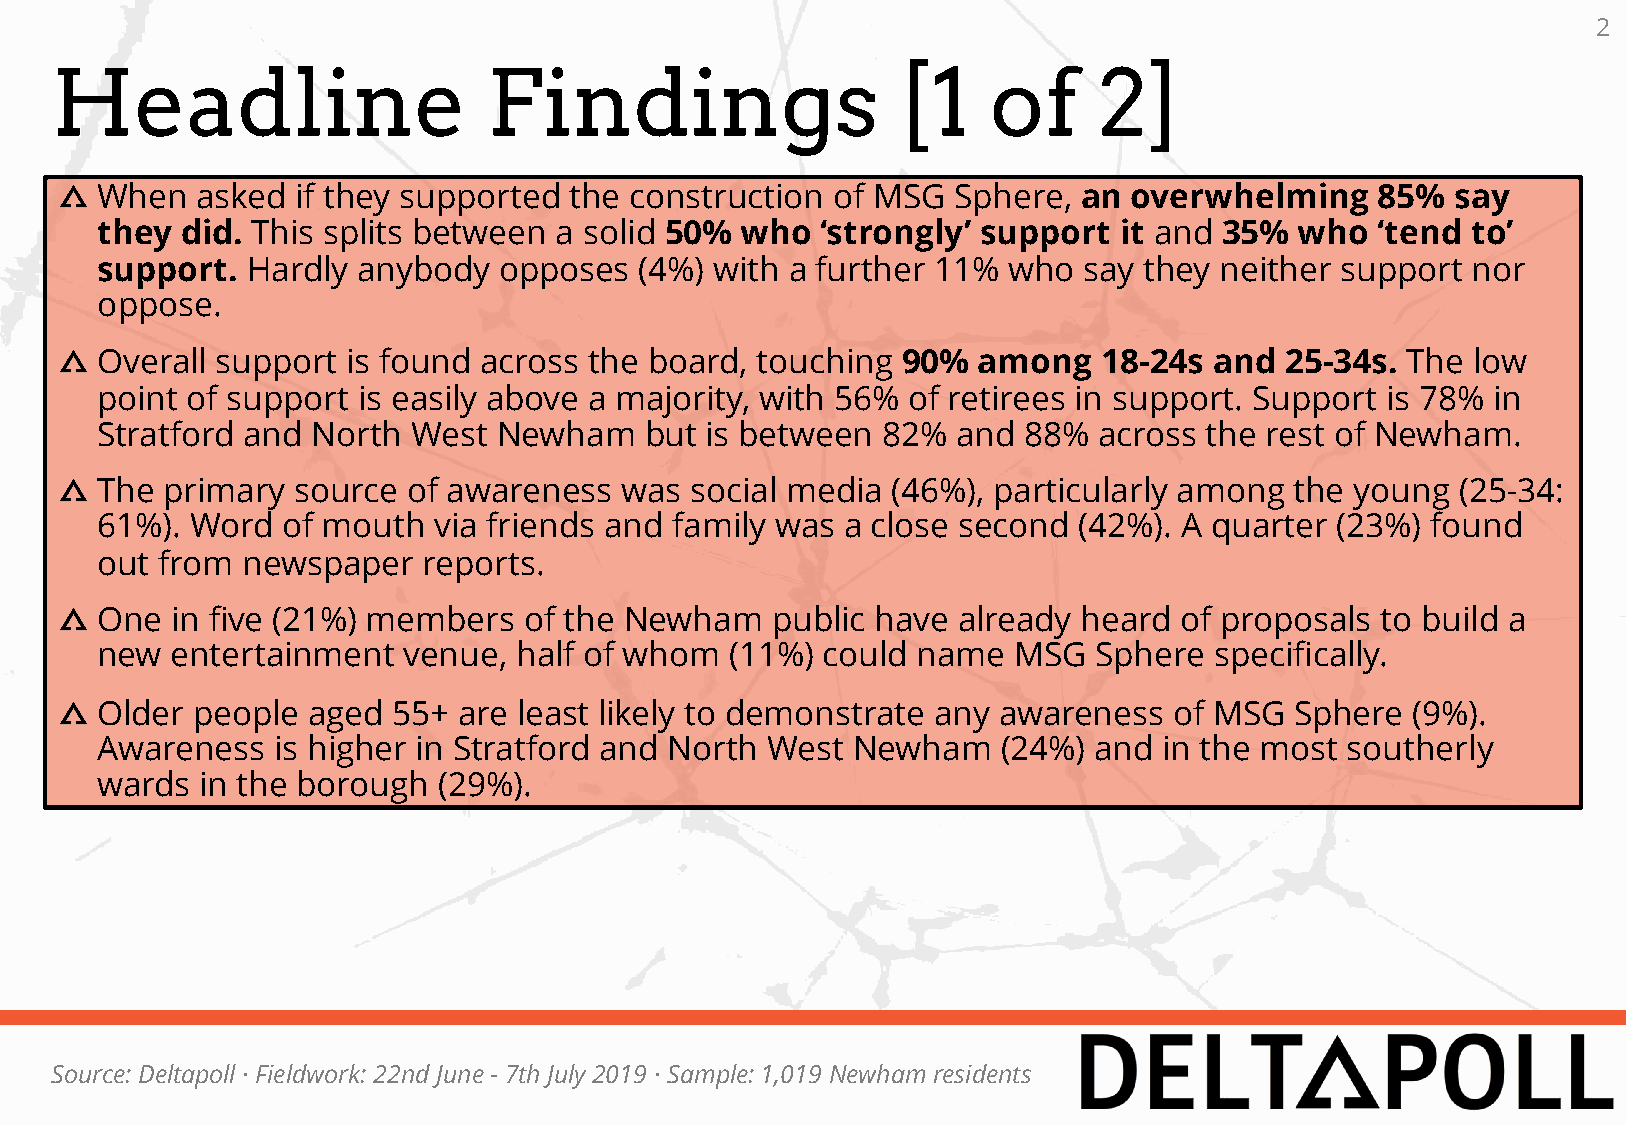
2
 Headline                     Findings                   [1    of      2]
 When   asked  if they supported the construction of MSG  Sphere,  an overwhelming    85%  say
 they  did. This splits between a solid 50% who  ‘strongly’ support  it and 35%  who  ‘tend to’
 support.  Hardly  anybody  opposes  (4%) with a further 11%  who  say they neither support nor
 oppose.
 Overall support  is found across the board, touching  90%  among   18-24s and  25-34s. The low
 point of support  is easily above a majority, with 56% of retirees in support. Support is 78% in
 Stratford and  North West  Newham    but is between 82%  and  88%  across the rest of Newham.
 The  primary  source of awareness  was  social media (46%), particularly among  the young  (25-34:
 61%).  Word  of mouth  via friends and family was a close second (42%). A quarter (23%)  found
 out from  newspaper   reports.
 One  in five (21%) members   of the Newham   public have already heard  of proposals to build a
 new  entertainment   venue, half of whom  (11%) could  name  MSG   Sphere specifically.
 Older  people aged  55+ are least likely to demonstrate any awareness   of MSG  Sphere (9%).
 Awareness   is higher in Stratford and North West Newham    (24%) and  in the most southerly
 wards  in the borough  (29%).
 Source: Deltapoll · Fieldwork: 22nd June - 7th July 2019 · Sample: 1,019 Newham residents